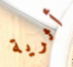
أثرية